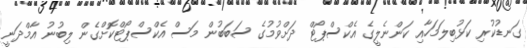
ގަނޑުކުރި ކަޅުބިލަމަހާއި ކަންނެލީގެ އެކްސްޕޯޓް ދަށްވުމުގެ ސަބަބުން މަސް އެކްސްޕޯޓްކޮށްގެން ލިބުނު އާމްދަނީ